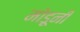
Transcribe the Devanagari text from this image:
मोडूनी